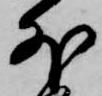
外